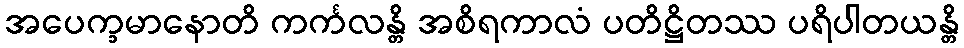
အပေက္ခမာနောတိ ကင်္ကလန္တိ အစိရကာလံ ပတိဋ္ဌိတဿ ပရိပါတယန္တိ